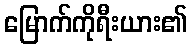
မြောက်ကိုရီးယား၏